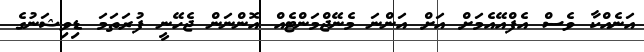
އަނެއްކާ ވެސް އެފްއޭއެމަށް އަށް އަންނަ މެނޭޖްމަންޓެއް އޮންނަން ޖެހޭނީ ފުރަތަމަ ޑިވިޝަނުގެ